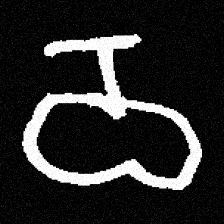
Pyu character \u2014 Myanmar letter: ဝ (romanized: wa)